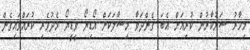
މިހާރު ސަރުކާރުން ކުރިއަށް އެބަ ގެންދަވާ މިސާލަކަށް އޯޑިޔޯ ވީޑީޔޯ މެދުވެރި ކުރައްވައިގެން